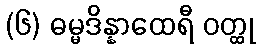
(၆) ဓမ္မဒိန္နာထေရီ ဝတ္ထု